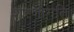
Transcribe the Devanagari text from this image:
शरणागति।